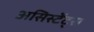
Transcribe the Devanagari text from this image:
असिस्टेंट्स